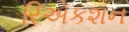
રિએકશન